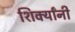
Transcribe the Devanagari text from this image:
शिर्क्यांनी